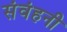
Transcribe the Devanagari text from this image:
संवंहनी